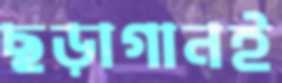
ছড়াগানই